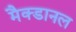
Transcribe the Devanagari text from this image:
मैक्डानल